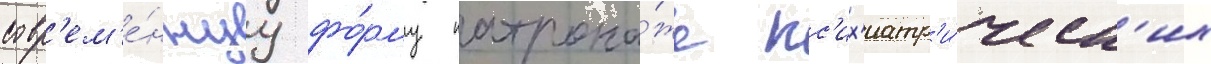
совр'ем'е́ннуу фо́рму патрона́жа пс'их'иатр'и́ческ'их